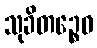
သုခိတဉ္စေဝ